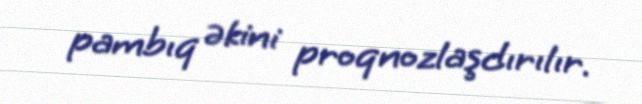
pambıq əkini proqnozlaşdırılır.